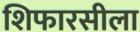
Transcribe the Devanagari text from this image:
शिफारसीला